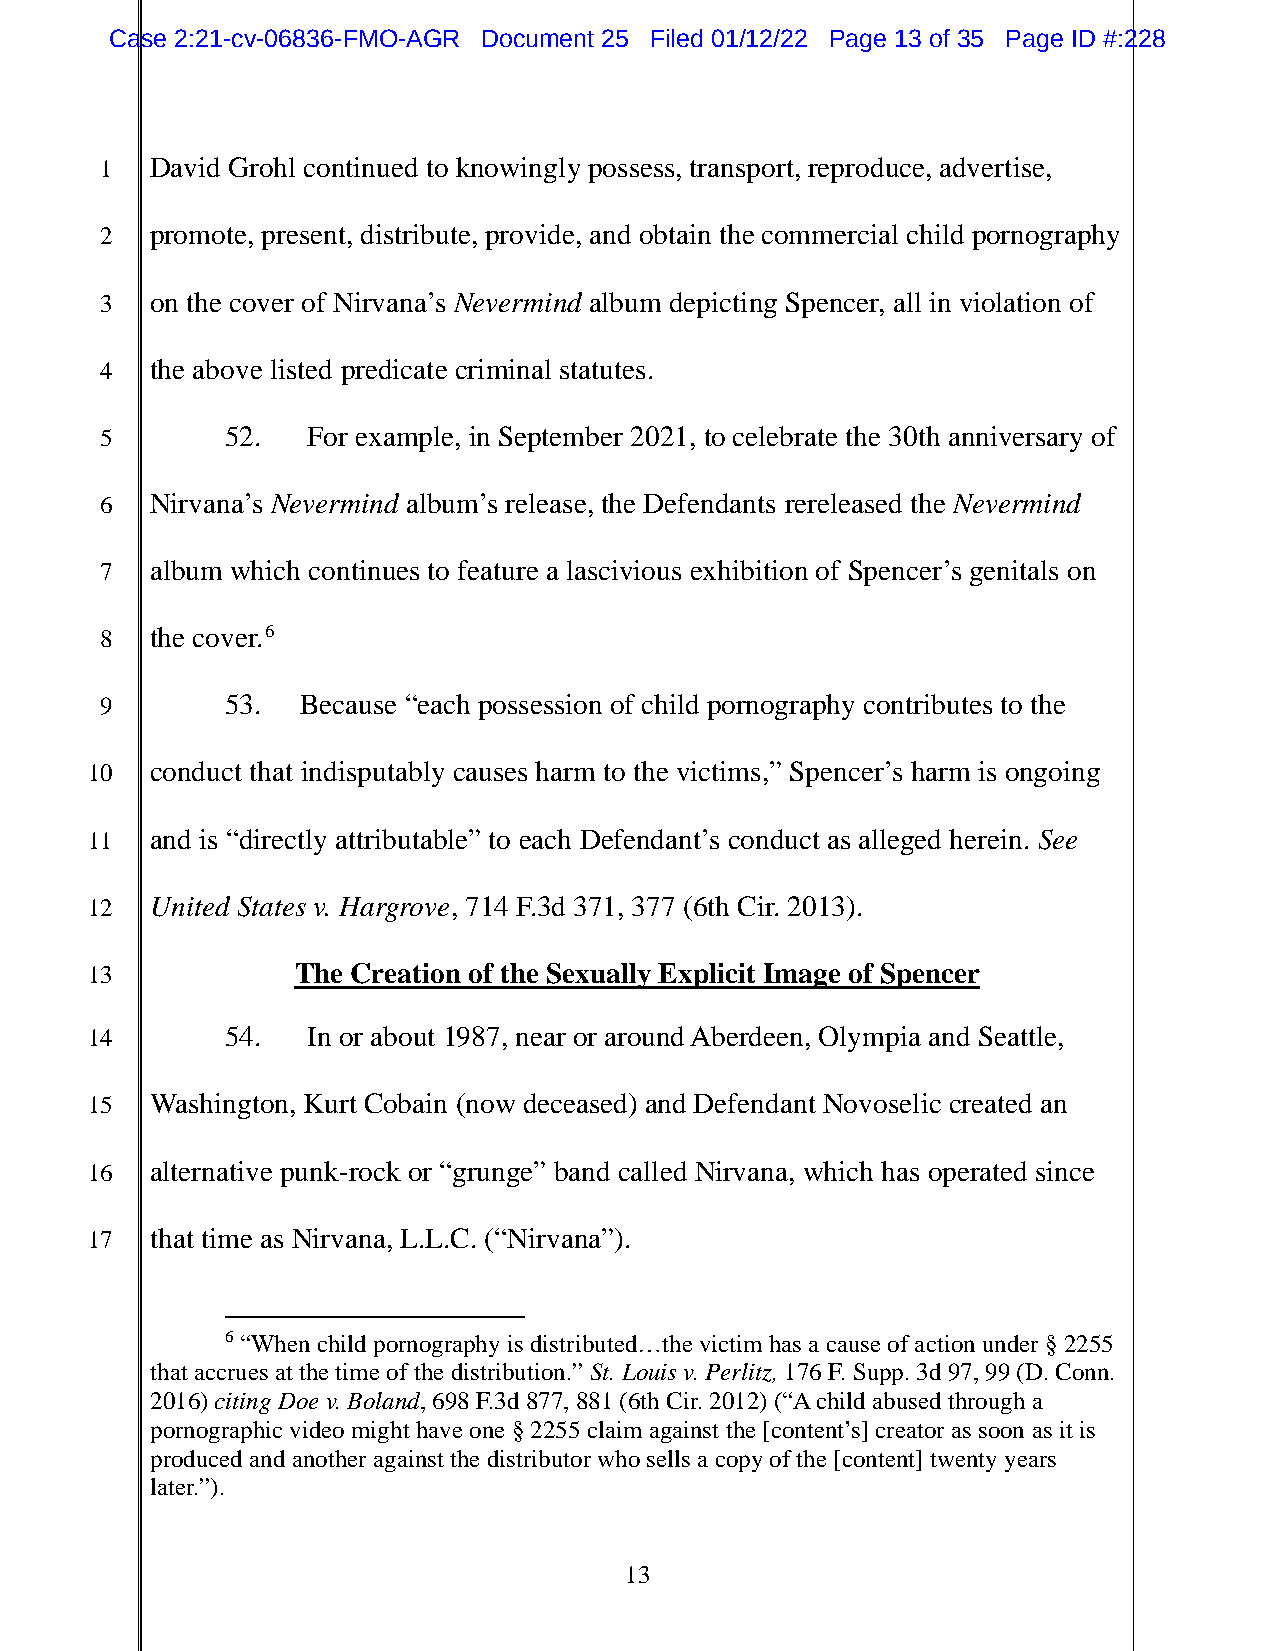
Case 2:21-cv-06836-FMO-AGR Document 25 Filed 01/12/22 Page 13 of 35 Page ID #:228
 1  David Grohl continued to knowingly possess, transport, reproduce, advertise,
 2  promote, present, distribute, provide, and obtain the commercial child pornography
 3  on the cover of Nirvana’s Nevermind album depicting Spencer, all in violation of
 4  the above listed predicate criminal statutes.
 5       52.  For example, in September 2021, to celebrate the 30th anniversary of
 6  Nirvana’s Nevermind album’s release, the Defendants rereleased the Nevermind
 7  album which continues to feature a lascivious exhibition of Spencer’s genitals on
 8  the cover.6
 9       53.  Because “each possession of child pornography contributes to the
 10  conduct that indisputably causes harm to the victims,” Spencer’s harm is ongoing
 11  and is “directly attributable” to each Defendant’s conduct as alleged herein. See
 12  United States v. Hargrove, 714 F.3d 371, 377 (6th Cir. 2013).
 13            The Creation of the Sexually Explicit Image of Spencer
 14       54.  In or about 1987, near or around Aberdeen, Olympia and Seattle,
 15  Washington, Kurt Cobain (now deceased) and Defendant Novoselic created an
 16  alternative punk-rock or “grunge” band called Nirvana, which has operated since
 17  that time as Nirvana, L.L.C. (“Nirvana”).
 6 “When child pornography is distributed…the victim has a cause of action under § 2255
 that accrues at the time of the distribution.” St. Louis v. Perlitz, 176 F. Supp. 3d 97, 99 (D. Conn.
 2016) citing Doe v. Boland, 698 F.3d 877, 881 (6th Cir. 2012) (“A child abused through a
 pornographic video might have one § 2255 claim against the [content’s] creator as soon as it is
 produced and another against the distributor who sells a copy of the [content] twenty years
 later.”).
 13